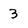
Character: 3